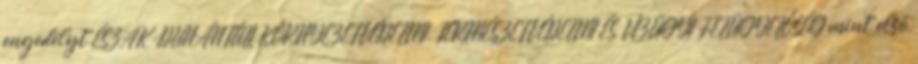
engedélyt ÉSZAK-DUNÁNTÚLI KÖRNYEZETVÉDELMI, TERMÉSZETVÉDELMI ÉS VÍZÜGYI FELÜGYELŐSÉG mint első